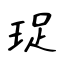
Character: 珿